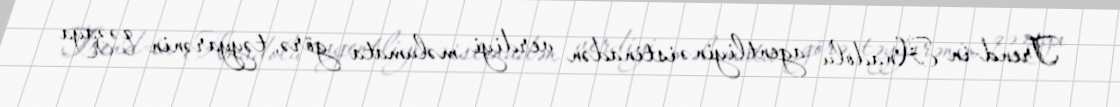
Trend-in Anadolu agentliyinə istinadən verdiyi məlumata görə, təyyarənin qəzaya